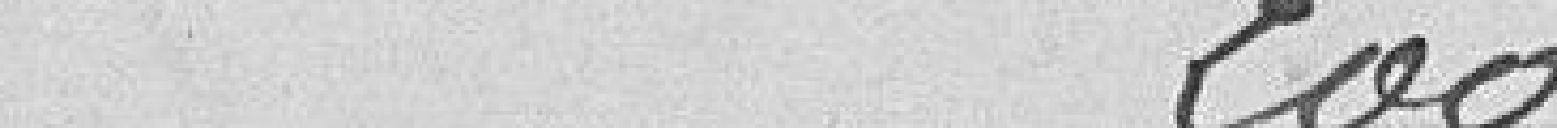
200